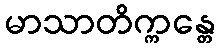
မာသာတိက္ကန္တေ